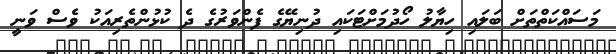
މަސައްކަތްތަށް ބަލައި ހިޔާލު ހޯދުމަށްޓަކައި ދުނިޔޭގެ ފެންވަރުގެ ދެ ކުޅުންތެރިއަކު ވެސް ވަނީ